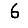
Digit: 6